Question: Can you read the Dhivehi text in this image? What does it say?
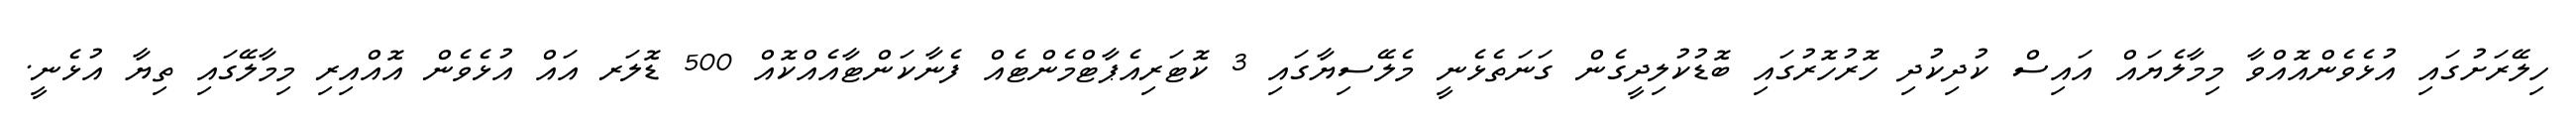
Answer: ހިލޭރަށުގައި އުޅެވެންއޮއްވާ މިމާލެޔައް އައިސް ކުދިކުދި ހޮރުހޮރުގައި ބޮޑުކުލިދީގެން ގަނަތެޅެނީ މެލޭސިޔާގައި 3 ކޮޓަރިއެޕާޓްމެންޓެއް ފެނާކަންޓާއެއްކޮއް 500 ޑޮލަރ އައް އުޅެވެން އޮއްއިރި މިމާލޭގައި ތިޔާ އުޅެނީ.